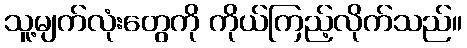
သူ့မျက်လုံးတွေကို ကိုယ်ကြည့်လိုက်သည်။